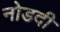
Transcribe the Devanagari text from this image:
नोडदी